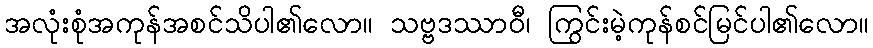
အလုံးစုံအကုန်အစင်သိပါ၏လော။ သဗ္ဗဒဿာဝီ၊ ကြွင်းမဲ့ကုန်စင်မြင်ပါ၏လော။